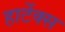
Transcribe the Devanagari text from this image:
हार्टेक्स